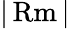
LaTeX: |\operatorname{Rm}|